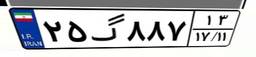
۲۵گ۸۸۷۱۳